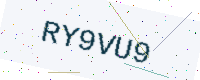
Text: RY9VU9